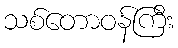
သစ်တောဝန်ကြီး